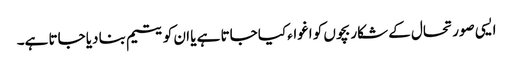
ایسی صورتحال کے شکار بچوں کو اغواء کیا جاتا ہے یا ان کو یتیم بنا دیا جاتا ہے۔